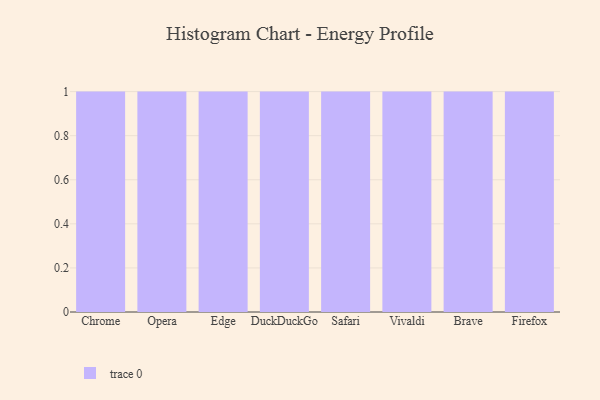
{"axis": {"x": "Browser", "y": "Energy Usage (MWh)"}, "legend": [""], "data": [{"x": "Chrome", "y": 2, "type": ""}, {"x": "Opera", "y": 45, "type": ""}, {"x": "Edge", "y": 76, "type": ""}, {"x": "DuckDuckGo", "y": 9, "type": ""}, {"x": "Safari", "y": 95, "type": ""}, {"x": "Vivaldi", "y": 38, "type": ""}, {"x": "Brave", "y": 69, "type": ""}, {"x": "Firefox", "y": 37, "type": ""}]}